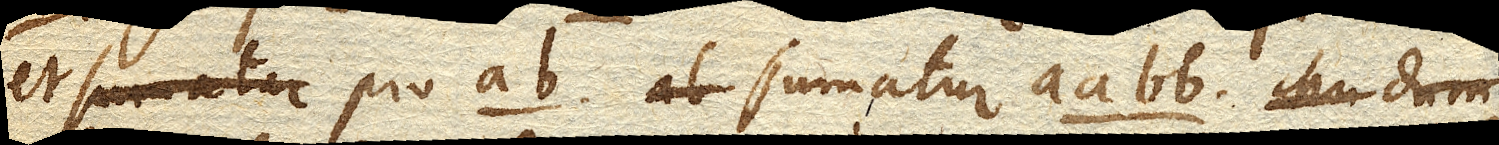
et pro ab. sumatur aa bb.